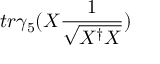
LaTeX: t r \gamma _ { 5 } ( X \frac { 1 } { \sqrt { X ^ { \dagger } X } } )